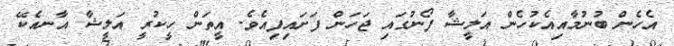
އެހެން ބުނުމާއިއެކުހެން އަލީޝާ ފޯނުގައި ޖަހަން ފަށައިފިއެވެ. އީތަން ހީކުރީ އަލީޝާ އާނއެކޭ